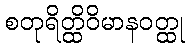
စတုရိတ္ထိဝိမာနဝတ္ထု